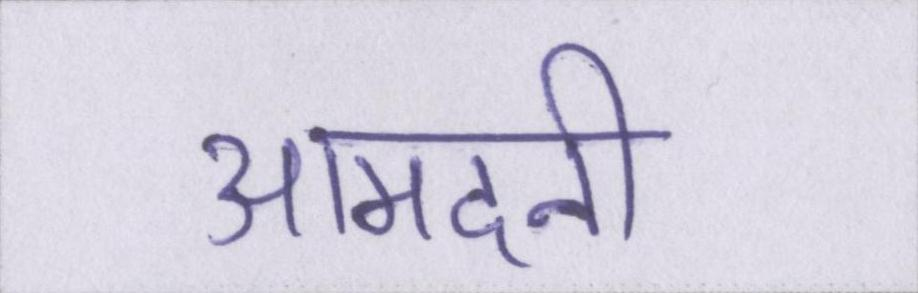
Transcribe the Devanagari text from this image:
आमदनी